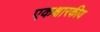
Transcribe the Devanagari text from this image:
एकक्षारकीय